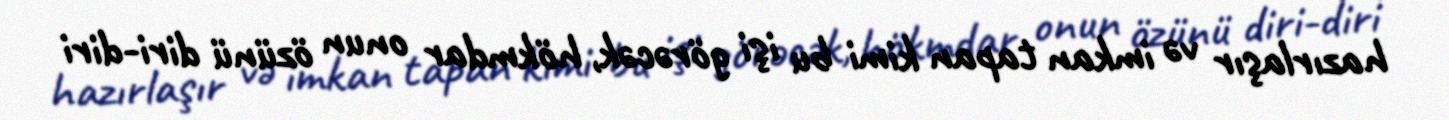
hazırlaşır və imkan tapan kimi bu işi görəcək, hökmdar onun özünü diri-diri